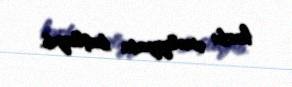
hərbi əməliyyata başlayıb.